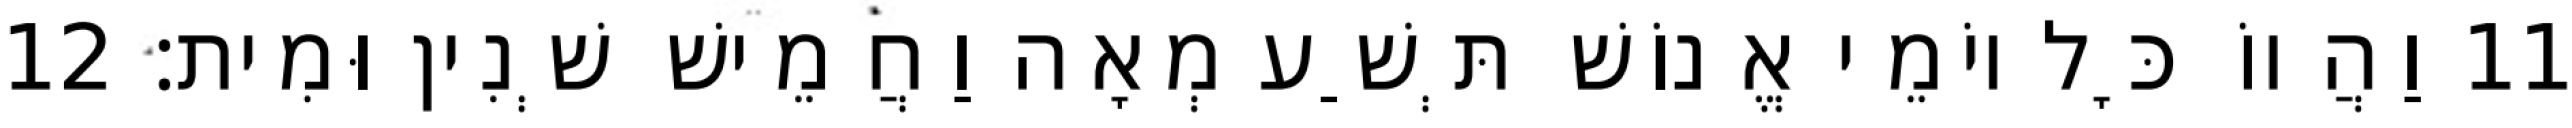
11 וַהֲווֹ כָּל יוֹמֵי אֱנוֹשׁ תְּשַׁע מְאָה וַחֲמֵישׁ שְׁנִין וּמִית׃ 12